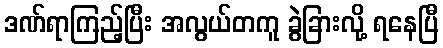
ဒဏ်ရာကြည့်ပြီး အလွယ်တကူ ခွဲခြားလို့ ရနေပြီ